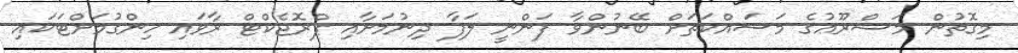
މިގޮތުން މަޝްރޫޢުގެ މަސައްކަތަށް ބޭނުންވާ ފަންނީ ލަފާ ދިނުމަށާއި ޕްރޮޖެކްޓް ރާވައި ހިންގުމަށްޓަކައި